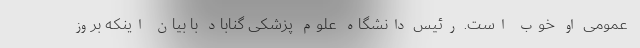
عمومی او خوب است. رئیس دانشگاه علوم پزشکی گناباد با بیان اینکه بروز